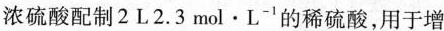
浓硫酸配制2L2.3mol·L^{-1}的稀硫酸，用于增